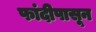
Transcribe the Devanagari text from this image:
फांदीपासून